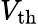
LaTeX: V_{\mathrm{th}}